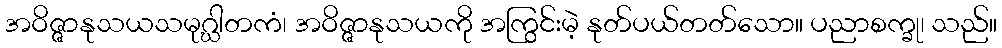
အဝိဇ္ဇာနုသယသမုဂ္ဃါတကံ၊ အဝိဇ္ဇာနုသယကို အကြွင်းမဲ့ နုတ်ပယ်တတ်သော။ ပညာစက္ခု၊ သည်။